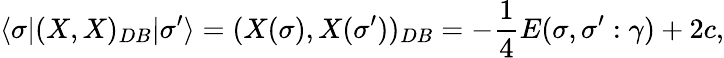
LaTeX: \langle\sigma|(X,X)_{DB}|\sigma^{\prime}\rangle=(X(\sigma),X(\sigma^{\prime}))_{DB}=-\frac{1}{4}E(\sigma,\sigma^{\prime}:\gamma)+2c,